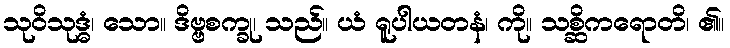
သုဝိသုဒ္ဓံ၊ သော။ ဒိဗ္ဗစက္ခု၊ သည်။ ယံ ရူပါယတနံ၊ ကို။ သစ္ဆိကရောတိ၊ ၏။